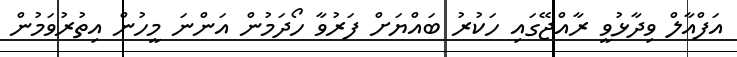
އަފްއާލް ވިދާޅުވީ ރާއްޖޭގައި ހަކުރު ބައްޔަށް ފަރުވާ ހޯދަމުން އަންނަ މީހުން އިތުރުވަމުން